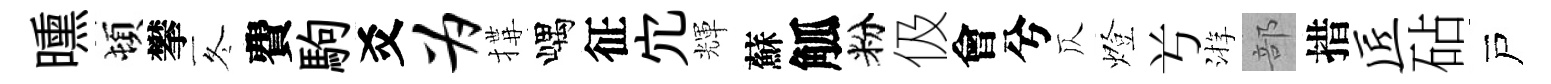
曛頓攀冬費駒爻为搆嵎征宂輝蘇觚粉伋會兮仄燈𠔃㳺部措匠砧戸